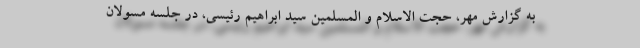
به گزارش مهر، حجت الاسلام و المسلمین سید ابراهیم رئیسی، در جلسه مسولان